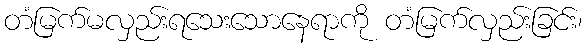
တံမြက်မလှည်းရသေးသောနေရာကို တံမြက်လှည်းခြင်း၊